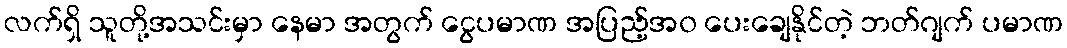
လက်ရှိ သူတို့အသင်းမှာ နေမာ အတွက် ငွေပမာဏ အပြည့်အ၀ ပေးချေနိုင်တဲ့ ဘတ်ဂျက် ပမာဏ